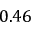
0 . 4 6